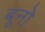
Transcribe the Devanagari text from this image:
बूनो